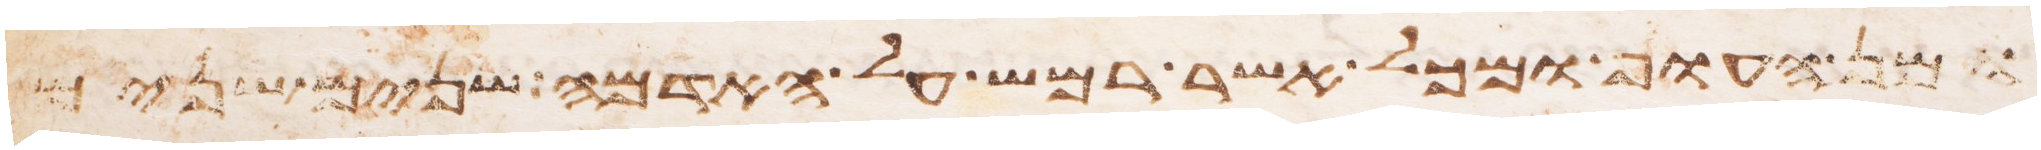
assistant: ומן העוף ומכל אשר רמש על האדמה שנים שנים